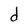
Character: d